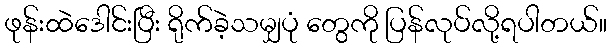
ဖုန်းထဲဒေါင်းပြီး ရိုက်ခဲ့သမျှပုံ တွေကို ပြန်လုပ်လို့ရပါတယ်။